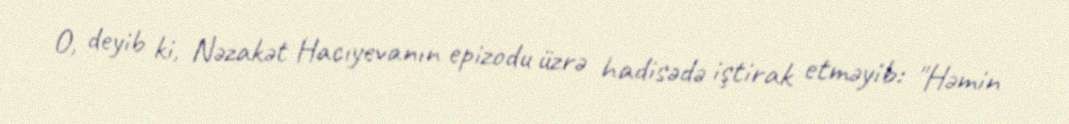
O, deyib ki, Nəzakət Hacıyevanın epizodu üzrə hadisədə iştirak etməyib: "Həmin